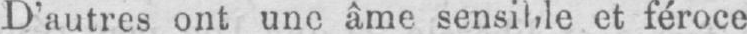
et féroce